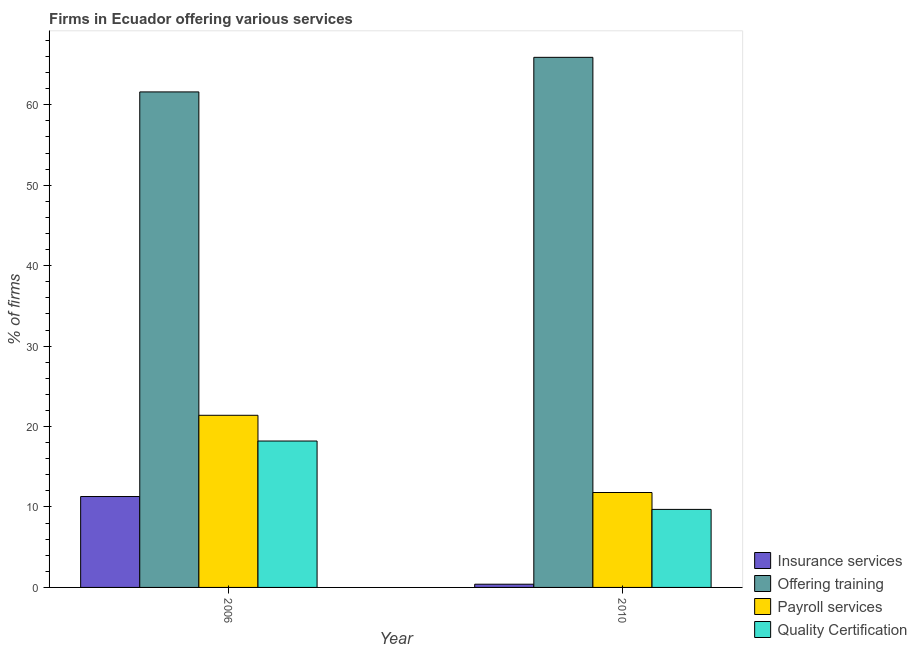
| Year | Insurance services | Offering training | Payroll services | Quality Certification |
 | --- | --- | --- | --- | --- |
 | 2006 | 11.3 | 61.6 | 21.4 | 18.2 |
 | 2010 | 0.4 | 65.9 | 11.8 | 9.7 |